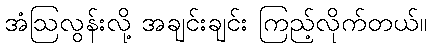
အံဩလွန်းလို့ အချင်းချင်း ကြည့်လိုက်တယ်။